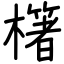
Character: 櫡